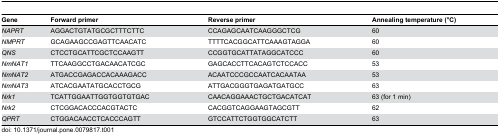
<table><thead><tr><td><b>Gene</b></td><td><b>Forward primer</b></td><td><b>Reverse primer</b></td><td><b>Annealing temperature (°C)</b></td></tr></thead><tbody><tr><td><i>NAPRT</i></td><td>AGGACTGTATGCGCTTTCTTC</td><td>CCAGAGCAATCAAGGGCTCG</td><td>60</td></tr><tr><td><i>NMPRT</i></td><td>GCAGAAGCCGAGTTCAACATC</td><td>TTTTCACGGCATTCAAAGTAGGA</td><td>60</td></tr><tr><td><i>QNS</i></td><td>CTCCTGCATTCGCTCCAAGTT</td><td>CCGGTGCATTATAGGCATCCC</td><td>60</td></tr><tr><td><i>NmNAT1</i></td><td>TTCAAGGCCTGACAACATCGC</td><td>GAGCACCTTCACAGTCTCCACC</td><td>53</td></tr><tr><td><i>NmNAT2</i></td><td>ATGACCGAGACCACAAAGACC</td><td>ACAATCCCGCCAATCACAATAA</td><td>53</td></tr><tr><td><i>NmNAT3</i></td><td>ATCACGAATATGCACCTGCG</td><td>ATTGACGGGTGAGATGATGCC</td><td>63</td></tr><tr><td><i>Nrk1</i></td><td>TCATTGGAATTGGTGGTGTGAC</td><td>CAACAGGAAACTGCTGACATCAT</td><td>63 (for 1 min)</td></tr><tr><td><i>Nrk2</i></td><td>CTCGGACACCCACGTACTC</td><td>CACGGTCAGGAAGTAGCGTT</td><td>62</td></tr><tr><td><i>QPRT</i></td><td>CTGGACAACCTCACCCAGTT</td><td>GTCCATTCTGGTGGCATCTT</td><td>63</td></tr></tbody></table>